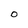
Character: 0